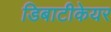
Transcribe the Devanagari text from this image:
डिबाटीकेयर